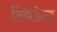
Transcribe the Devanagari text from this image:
स्विंडेल